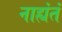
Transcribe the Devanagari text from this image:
नाह्यंतं